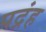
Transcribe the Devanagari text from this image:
पद्रंह